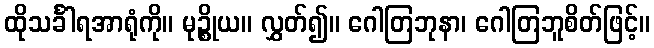
ထိုသင်္ခါရအာရုံကို။ မုဉ္စိုယ။ လွှတ်၍။ ဂေါတြဘုနာ၊ ဂေါတြဘူစိတ်ဖြင့်။